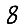
Digit: 8